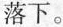
落下。